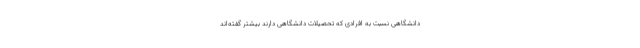
دانشگاهی نسبت به افرادی که تحصیلات دانشگاهی دارند بیشتر گفته‌­اند